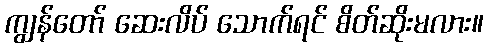
ကျွန်တော် ဆေးလိပ် သောက်ရင် စိတ်ဆိုးမလား။